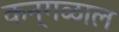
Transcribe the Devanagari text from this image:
कन्गळाल